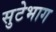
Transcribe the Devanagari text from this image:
सुटेभाग